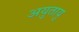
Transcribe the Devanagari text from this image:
अयुतायु